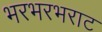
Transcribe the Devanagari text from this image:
भरभरभराट